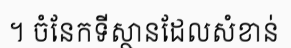
។ ចំនែកទីស្ថានដែលសំខាន់